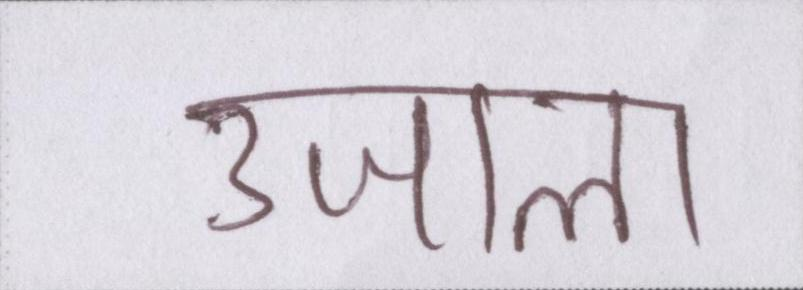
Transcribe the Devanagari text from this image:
उजाला